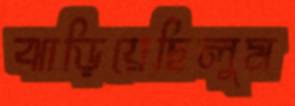
ঝাড়িয়েছিলুম